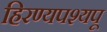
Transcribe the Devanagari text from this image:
हिरण्यपश्यपू